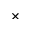
\times